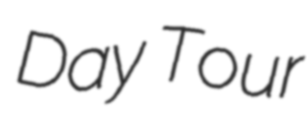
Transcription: Day Tour